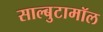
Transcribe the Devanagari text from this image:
साल्बुटामॉल